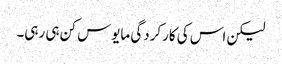
لیکن اس کی کارکردگی مایوس کن ہی رہی۔